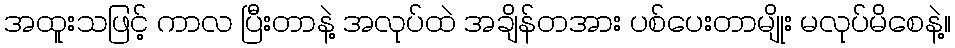
အထူးသဖြင့် ကာလ ပြီးတာနဲ့ အလုပ်ထဲ အချိန်တအား ပစ်ပေးတာမျိုး မလုပ်မိစေနဲ့။